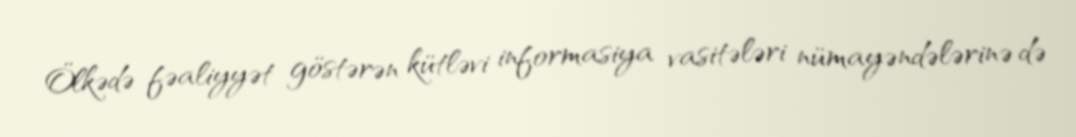
Ölkədə fəaliyyət göstərən kütləvi informasiya vasitələri nümayəndələrinə də